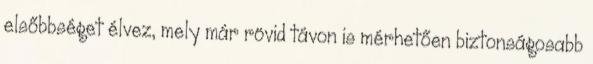
elsőbbséget élvez, mely már rövid távon is mérhetően biztonságosabb